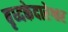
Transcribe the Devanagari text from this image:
बृध्दकेदारेश्वर